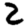
Digit: 2